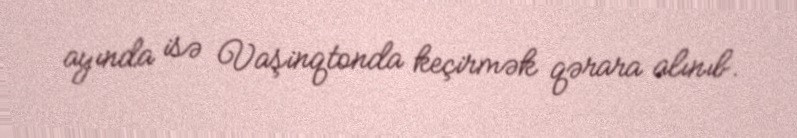
ayında isə Vaşinqtonda keçirmək qərara alınıb.